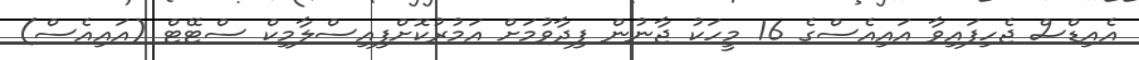
އެއިޑްސް ޖެހިފައިވާ އައިއެސްގެ 16 މީހަކު ޖާނުން ފިދާވުމަށް އަމުރުކޮށްފިއިސްލާމިކް ސްޓޭޓް (އައިއެސް)